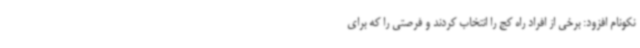
نکونام افزود: برخی از افراد راه کج را انتخاب کردند و فرصتی را که برای